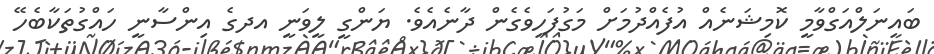
ބައިނަލްއަގްވާމީ ކޮމިޝަނެއް އުފެއްދުމަށް މަގުފަހިވެގެން ދާނެއެވެ. ޔަންގީ ލީވަނީ އދގެ އިންސާނީ ހައްގުތަކާބެހޭ